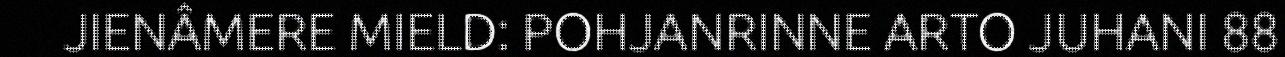
JIENÂMERE MIELD: POHJANRINNE ARTO JUHANI 88